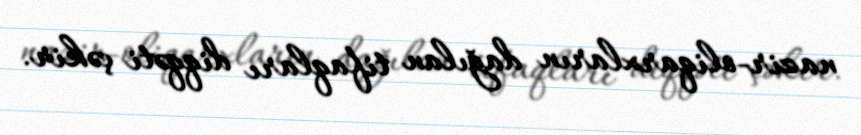
nazir-oliqarxların dağılan tifaqları diqqəti çəkir.